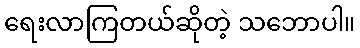
ရေးလာကြတယ်ဆိုတဲ့ သဘောပါ။